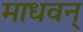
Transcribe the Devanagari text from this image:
माधवन्